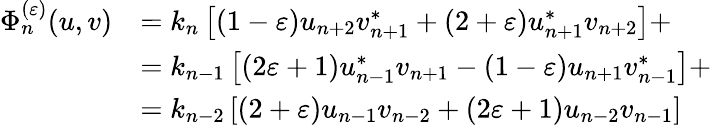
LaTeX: \begin{array}{rl}{\Phi_{n}^{(\varepsilon)}(u,v)}&{=k_{n}\left[(1-\varepsilon)u_{n+2}v_{n+1}^{\ast}+(2+\varepsilon)u_{n+1}^{\ast}v_{n+2}\right]+}\\ &{=k_{n-1}\left[(2\varepsilon+1)u_{n-1}^{\ast}v_{n+1}-(1-\varepsilon)u_{n+1}v_{n-1}^{\ast}\right]+}\\ &{=k_{n-2}\left[(2+\varepsilon)u_{n-1}v_{n-2}+(2\varepsilon+1)u_{n-2}v_{n-1}\right]}\end{array}